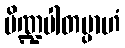
ပိဏ္ဍပါတမ္ပာဟံ